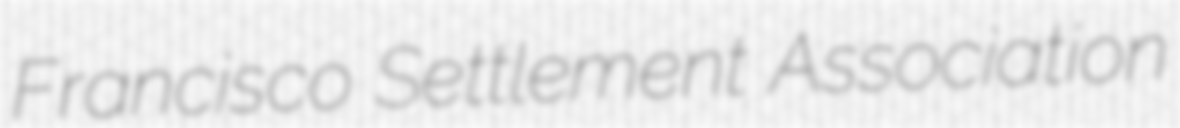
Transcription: Francisco Settlement Association